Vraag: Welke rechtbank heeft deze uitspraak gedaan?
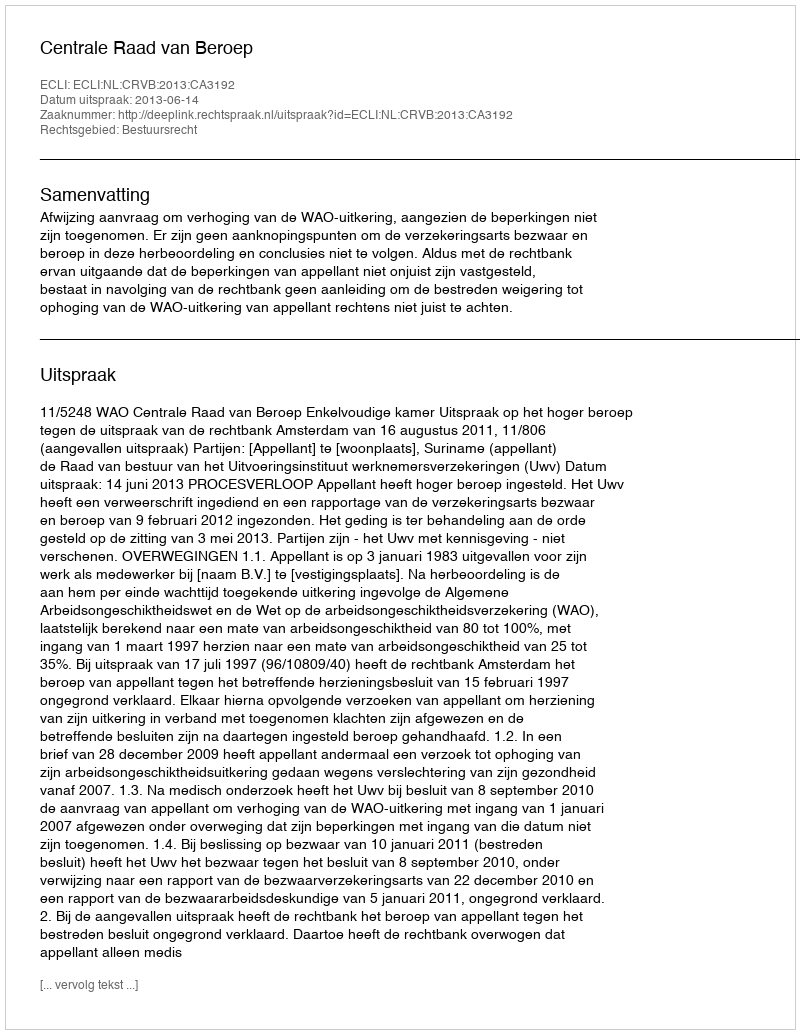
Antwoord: Centrale Raad van Beroep